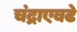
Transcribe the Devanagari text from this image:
चंद्राएवढे